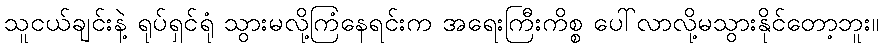
သူငယ်ချင်းနဲ့ ရုပ်ရှင်ရုံ သွားမလို့ကြံနေရင်းက အရေးကြီးကိစ္စ ပေါ်လာလို့မသွားနိုင်တော့ဘူး။